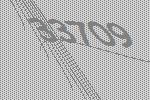
33709